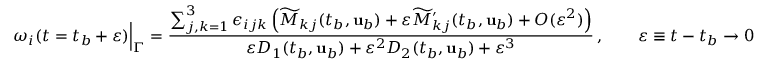
\omega _ { i } ( t = t _ { b } + \varepsilon ) \Big \vert _ { \Gamma } = \frac { \sum _ { j , k = 1 } ^ { 3 } \epsilon _ { i j k } \left( \widetilde { M } _ { k j } ( t _ { b } , { \mathbf { u } } _ { b } ) + \varepsilon \widetilde { M } _ { k j } ^ { \prime } ( t _ { b } , { \mathbf { u } } _ { b } ) + O ( \varepsilon ^ { 2 } ) \right) } { \varepsilon D _ { 1 } ( t _ { b } , { \mathbf { u } } _ { b } ) + \varepsilon ^ { 2 } D _ { 2 } ( t _ { b } , { \mathbf { u } } _ { b } ) + \varepsilon ^ { 3 } } \, , \qquad \varepsilon \equiv t - t _ { b } \to 0